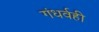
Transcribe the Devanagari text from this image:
गंधर्वही